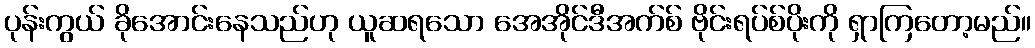
ပုန်းကွယ် ခိုအောင်းနေသည်ဟု ယူဆရသော အေအိုင်ဒီအက်စ် ဗိုင်းရပ်စ်ပိုးကို ရှာကြတော့မည်။